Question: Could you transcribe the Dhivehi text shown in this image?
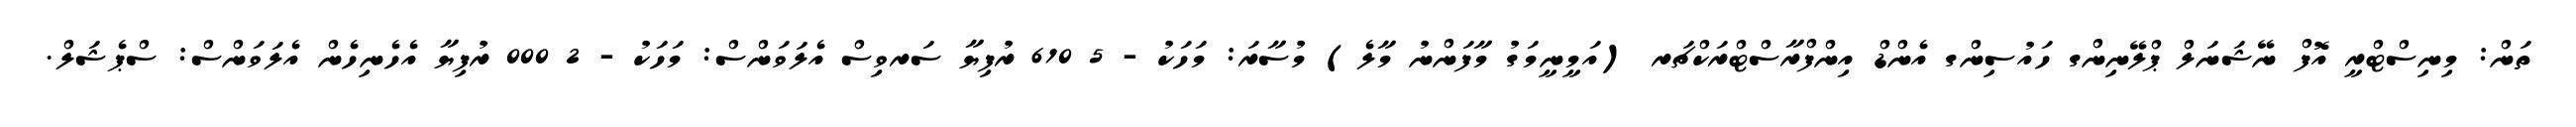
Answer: ތަން: މިނިސްޓްރީ އޮފް ނޭޝަނަލް ޕްލޭނިންގ ހައުސިންގ އެންޑް އިންފްރާސްޓްރަކްޗަރ (އަމީނީމަގު މާފަންނު މާލެ) މުސާރަ: މަހަކު - 5 610 ރުފިޔާ ސަރވިސް އެލަވަންސް: މަހަކު - 2 000 ރުފިޔާ އެހެނިހެން އެލަވަންސް: ސްޕެޝަލް.